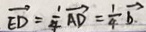
\overrightarrow { E D } = \frac { 1 } { 4 } \overrightarrow { A D } = \frac { 1 } { 4 } \overrightarrow { b } .